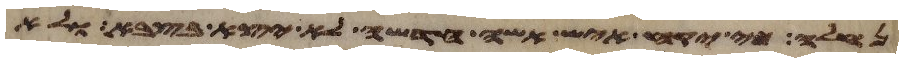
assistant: נחלה כי יקח איש אשה חדשה לא יצא בצבא ולא